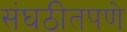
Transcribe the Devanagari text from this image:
संघठीतपणे